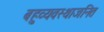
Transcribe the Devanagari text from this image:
बहुव्यवस्थाजनित